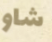
شاو